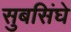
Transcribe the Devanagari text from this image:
सुबसिंघे